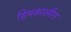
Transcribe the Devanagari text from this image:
हिमकालीन